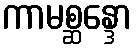
ကာမစ္ဆန္ဒော